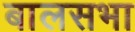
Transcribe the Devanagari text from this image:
बालसभा